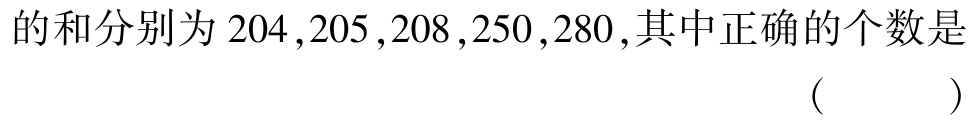
的和分别为 \(204,205,208,250,280\),其中正确的个数是 （  ）